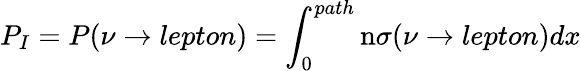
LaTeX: P_{I}=P(\nu\rightarrow lepton)=\int_{0}^{path}\mathrm{n}\sigma(\nu\rightarrow lepton)dx